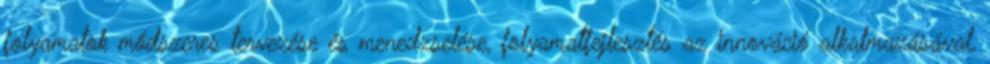
folyamatok módszeres tervezése és menedzselése, folyamatfejlesztés az innováció alkalmazásával,